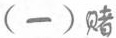
(一)赌